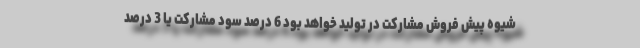
شیوه پیش فروش مشارکت در تولید خواهد بود 6 درصد سود مشارکت یا 3 درصد